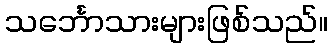
သင်္ဘောသားများဖြစ်သည်။